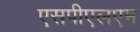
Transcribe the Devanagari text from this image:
एसपीएलएम